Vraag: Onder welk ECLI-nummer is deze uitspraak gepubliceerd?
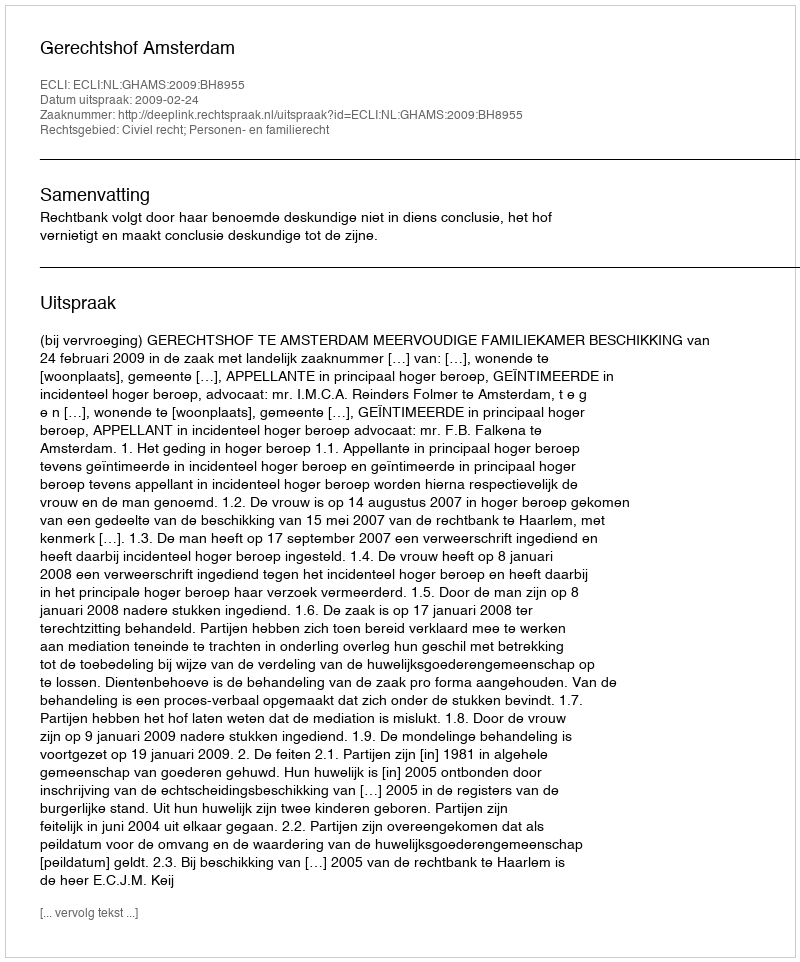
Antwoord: ECLI:NL:GHAMS:2009:BH8955